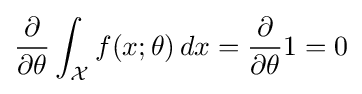
{\frac {\partial }{\partial \theta }}\int _{\mathcal {X}}f(x;\theta )\,dx={\frac {\partial }{\partial \theta }}1=0